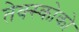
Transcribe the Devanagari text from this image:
तेक्स्कोको